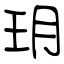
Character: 玥